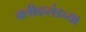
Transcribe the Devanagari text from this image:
क्लीव्हलंडच्या